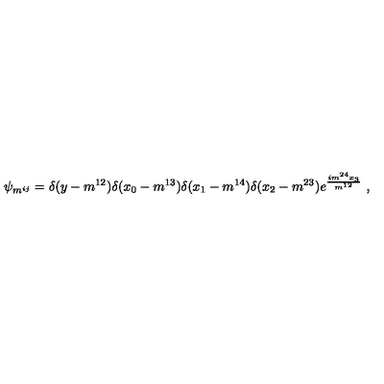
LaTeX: \psi _ { m ^ { i j } } = \delta ( y - m ^ { 1 2 } ) \delta ( x _ { 0 } - m ^ { 1 3 } ) \delta ( x _ { 1 } - m ^ { 1 4 } ) \delta ( x _ { 2 } - m ^ { 2 3 } ) e ^ { \frac { i m ^ { 2 4 } x _ { 3 } } { m ^ { 1 2 } } } \ ,